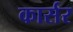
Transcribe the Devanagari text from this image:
कार्सर